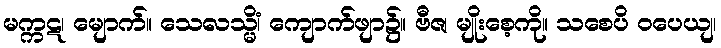
မက္ကဋ၊ မျောက်။ သေလသ္မိံ၊ ကျောက်ဖျာ၌။ ဗီဇ၊ မျိုးစေ့ကို။ သစေပိ ဝပေယျ၊